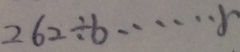
2 6 2 \div b \cdots r